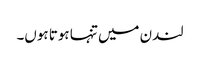
لندن میں تنہا ہوتا ہوں۔